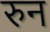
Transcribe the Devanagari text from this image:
रुन